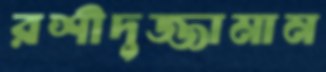
রশীদুজ্জামান